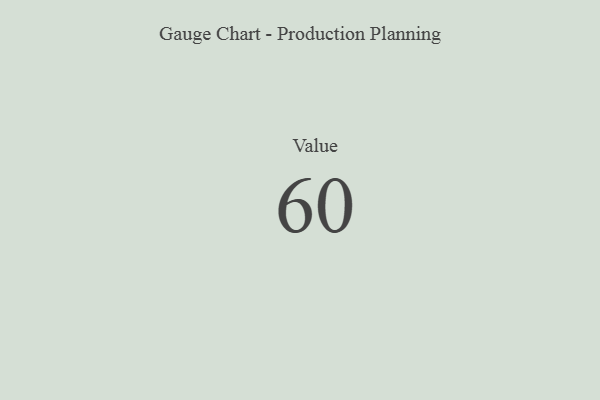
{"axis": {"x": "Metric", "y": "Value"}, "legend": [""], "data": [{"x": "Value", "y": 60, "type": ""}]}